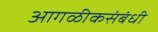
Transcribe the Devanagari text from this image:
आगळीकसंबंधी